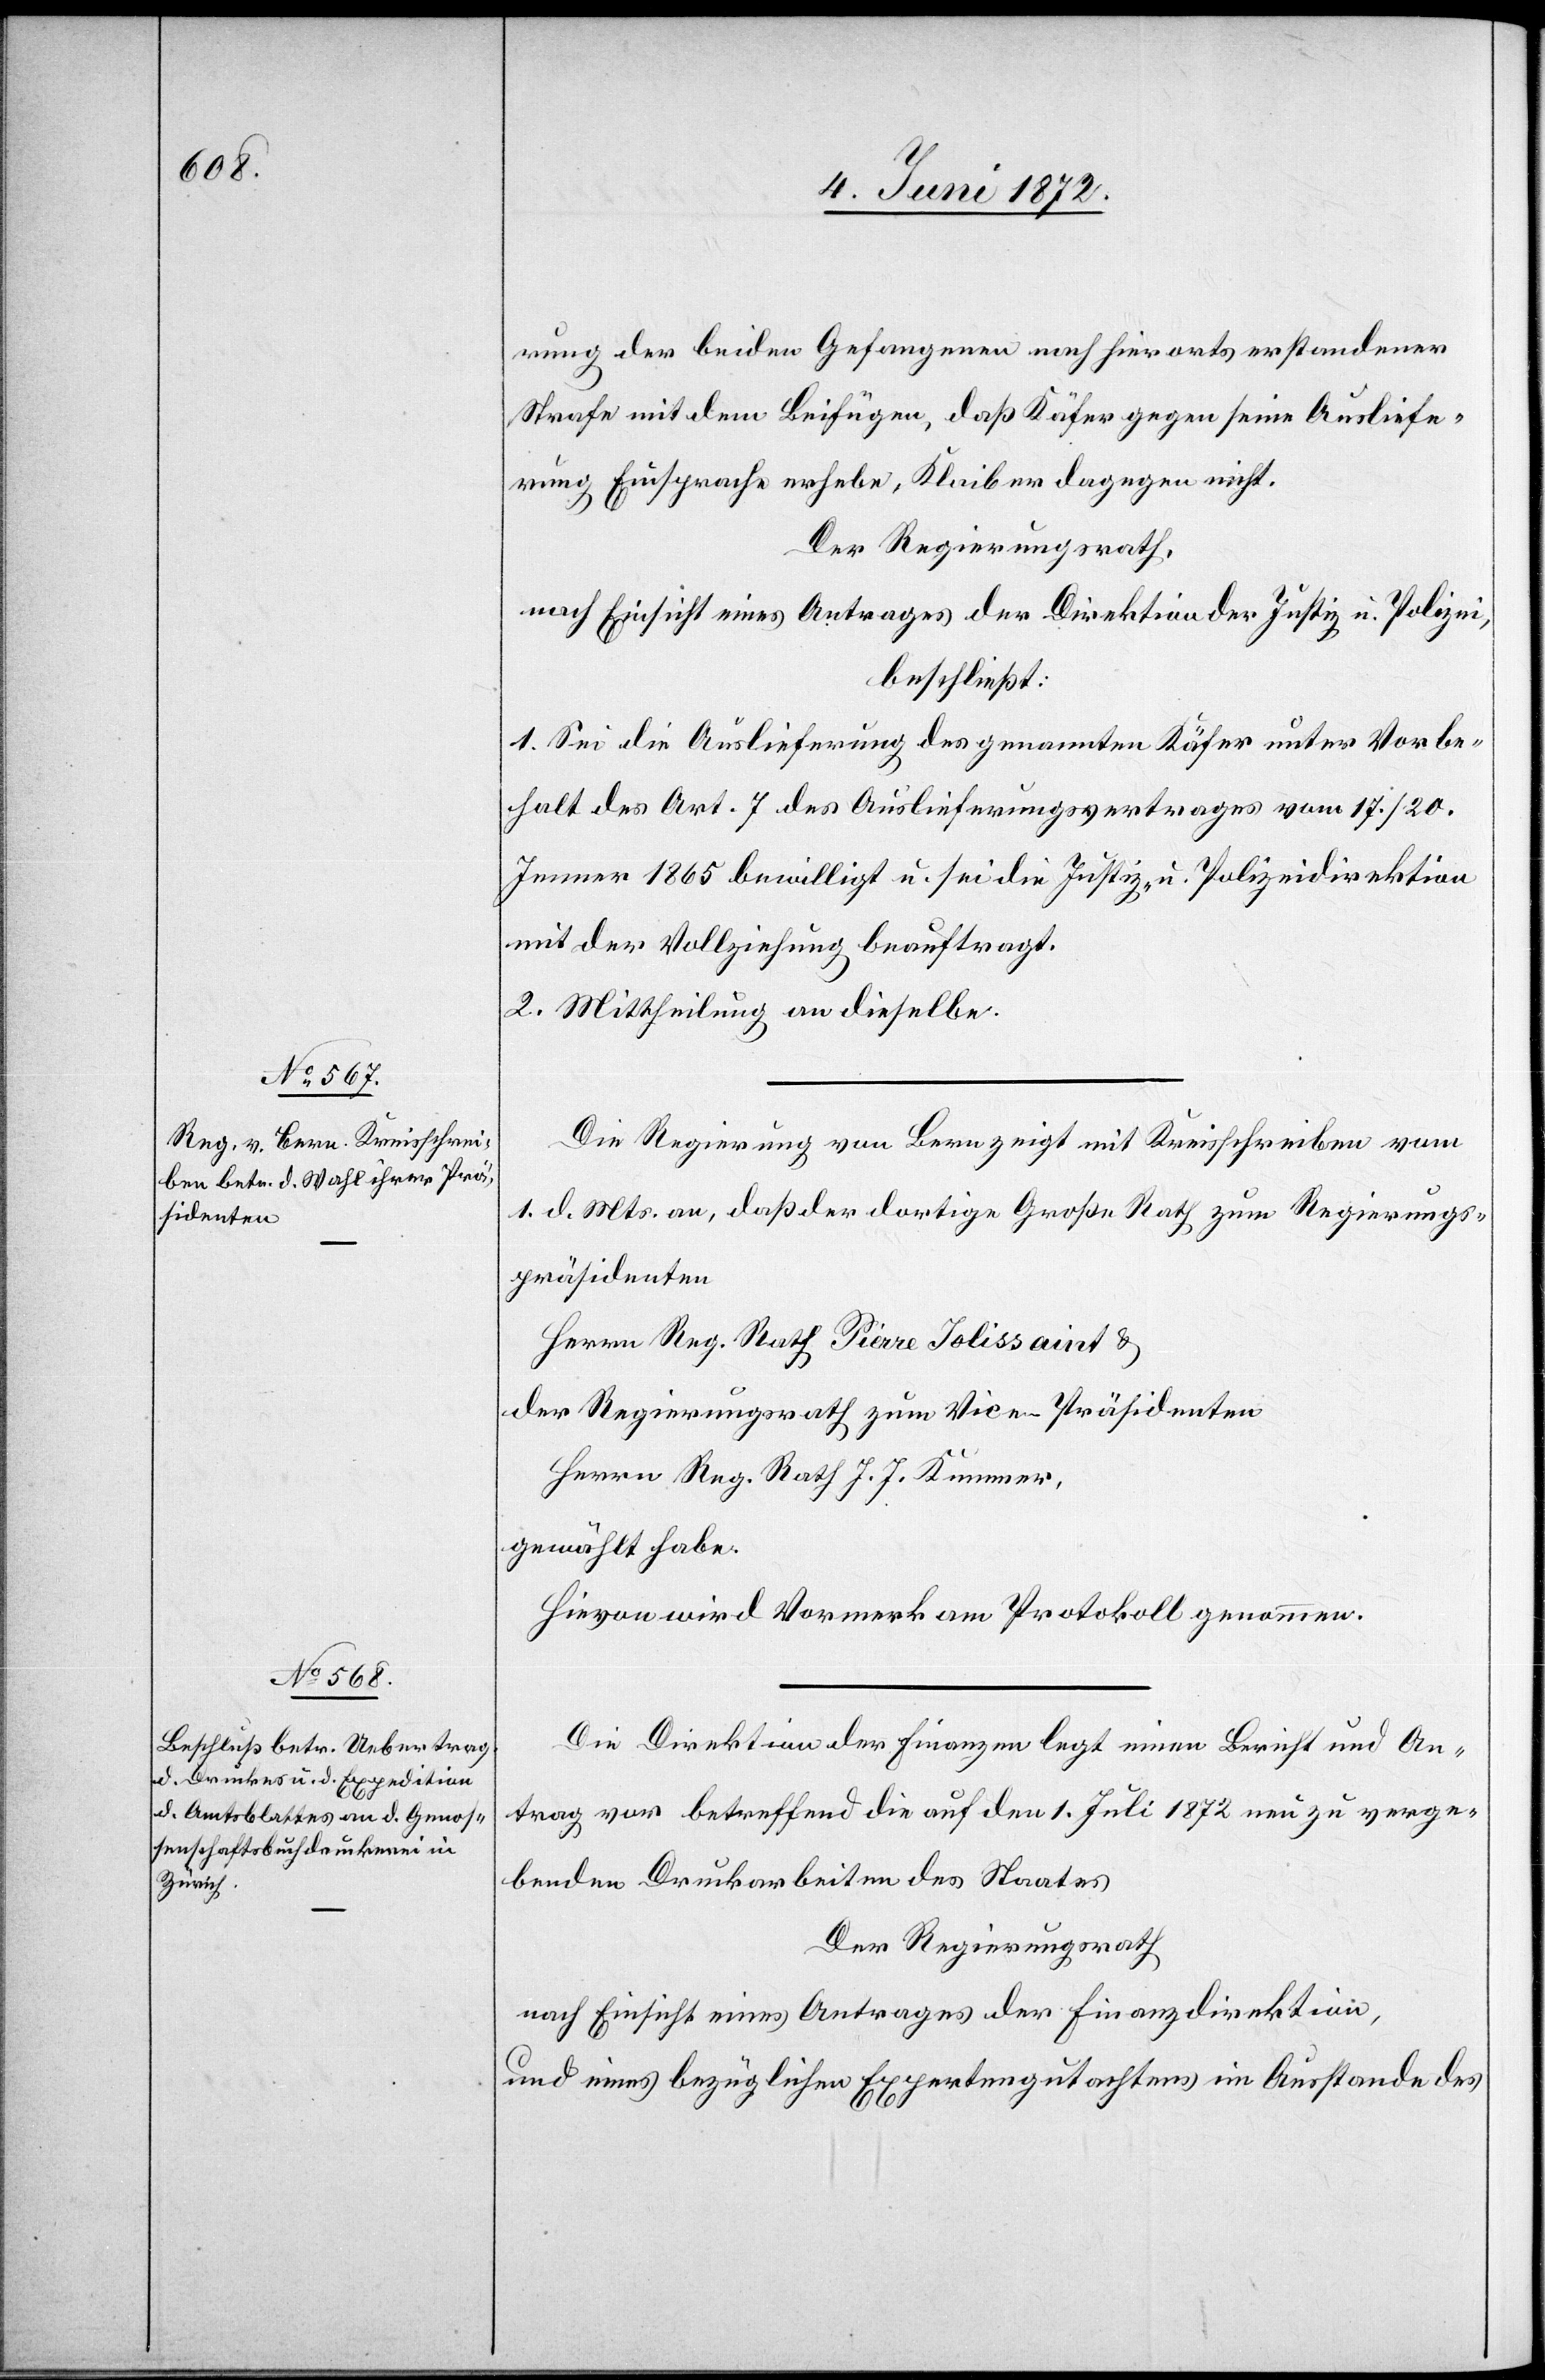
rung der beiden Gefangenen nach hierorts erstandener
Strafe mit dem Beifügen daß Käfer gegen seine Ausliefe¬
rung Einsprache erhebe, Klaiber dagegen nicht.
Der Regierungsrath,
beschließt:
1. Sei die Auslieferung des genannten Käfer unter Vorbe¬
halt des Art. 7 des Auslieferungsvertrages vom 17./20.
Jenner 1865 bewilligt u. sei die Justiz- u. Polizeidirektion
mit der Vollziehung beauftragt.
2, Mittheilung an dieselbe.
Die Regierung von Bern zeigt mit Kreisschreiben vom
1. d. Mts an, daß der dortige Große Rath zum Regierungs¬
präsidenten
Herrn Reg. Rath Pierre Jolissaint u.
der Regierungsrath zum Vice-Präsidenten
Herrn Reg. Rath J. J. Kummer,
gewählt habe.
Hievon wird Vormerk am Protokoll genommen.
Die Direktion der Finanzen legt einen Bericht und An¬
trag vor betreffend die auf den 1. Juli 1872 neu zu verge¬
bende Druckarbeiten des Staates[.]
Der Regierungsrath
nach Einsicht eines Antrages der Finanzdirektion,
und eines bezüglichen Expertengutachtens im Ausstande des